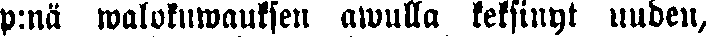
p:nä walokuwauksen awulla keksinyt uuden,